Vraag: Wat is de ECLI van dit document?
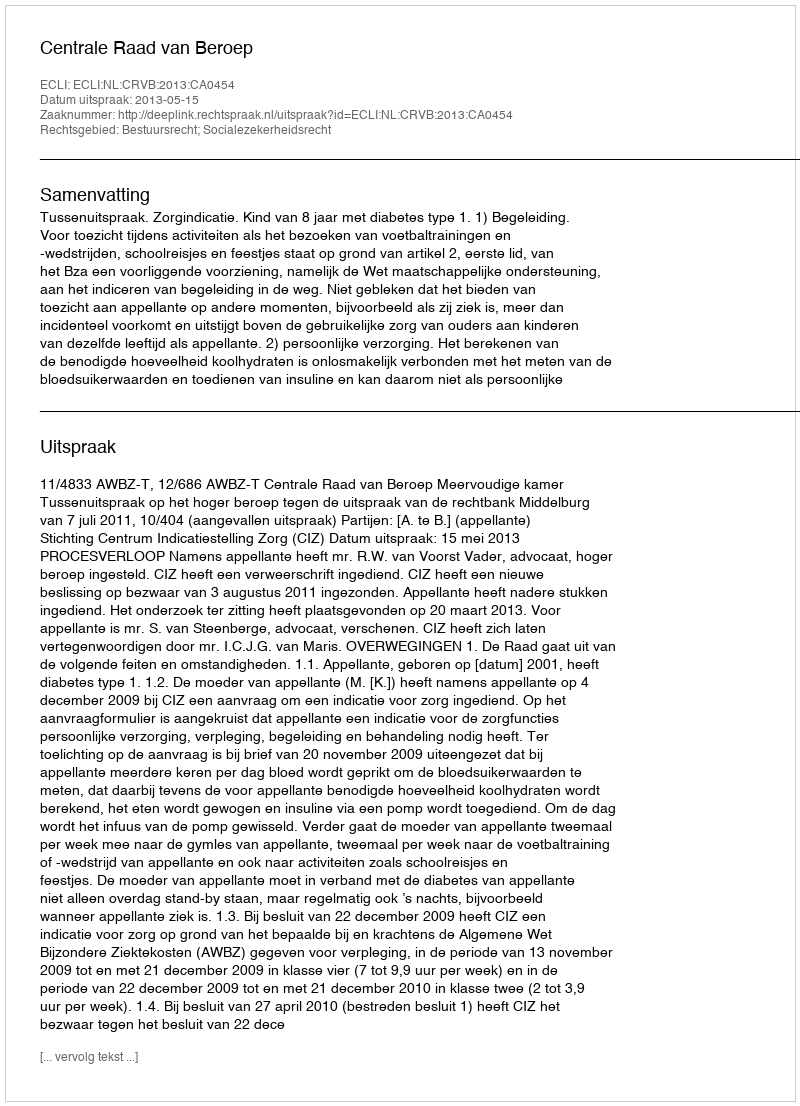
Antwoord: ECLI:NL:CRVB:2013:CA0454